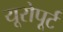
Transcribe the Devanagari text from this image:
यूरोपूर्ट